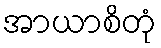
အာယာစိတုံ